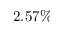
2 . 5 7 \%